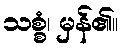
သစ္စံ၊ မှန်၏။